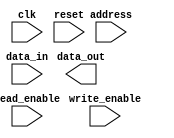
module memory_controller(
    input wire clk,
    input wire reset,
    input wire write_enable,
    input wire read_enable,
    input wire [31:0] address,
    input wire [31:0] data_in,
    output wire [31:0] data_out
);

// Memory Blocks RLDRAM
// Controller for writing and reading data
// Address and data buses for communication
// Support burst mode operations
// Address mapping and refresh algorithms

// Verilog code for memory controller goes here

endmodule